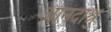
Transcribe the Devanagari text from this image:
आनंदाश्रु